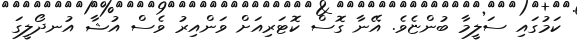
ކަމުގައި ސަލީމާ ބުންޏެވެ. އޭނާ ގޮސް ކޮޓަރިއަށް ވަންއިރު ވެސް އުޝާ އުނދޯލީގަ